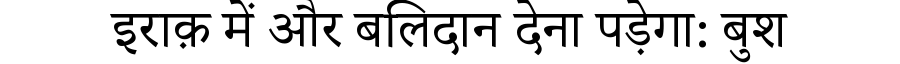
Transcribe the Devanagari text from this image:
इराक़ में और बलिदान देना पड़ेगा: बुश